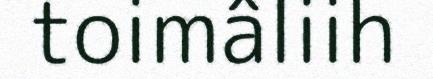
toimâliih